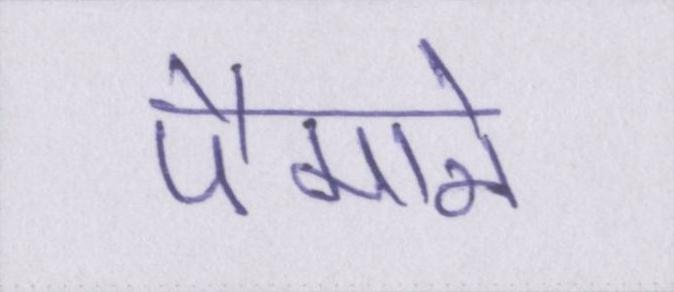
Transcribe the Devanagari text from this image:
पैमाने